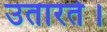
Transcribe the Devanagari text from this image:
उतारते।